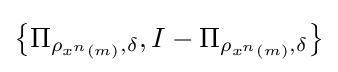
\left\{\Pi _{\rho _{x^{n}\left(m\right)},\delta },I-\Pi _{\rho _{x^{n}\left(m\right)},\delta }\right\}